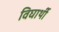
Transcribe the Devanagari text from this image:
विघार्थी